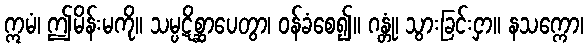
ဣမံ၊ ဤမိန်းမကို။ သမ္ပဋိစ္ဆာပေတွာ၊ ဝန်ခံစေ၍။ ဂန္တုံ၊ သွားခြင်းငှာ။ နသက္ကော၊